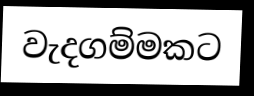
වැදගම්මකට